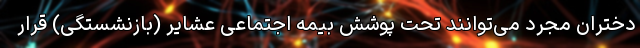
دختران مجرد می‌توانند تحت پوشش بیمه اجتماعی عشایر (بازنشستگی) قرار